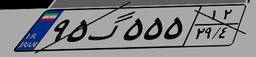
۶۰گ۸۴۲۸۰